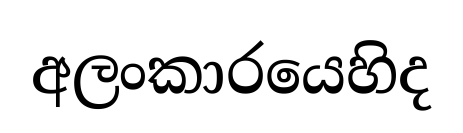
අලංකාරයෙහිද